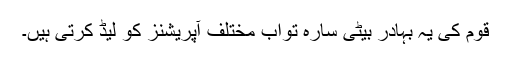
قوم کی یہ بہادر بیٹی سارہ تواب مختلف آپریشنز کو لیڈ کرتی ہیں۔